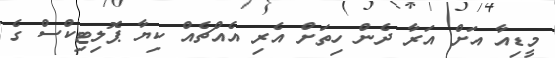
މީޑިއާ އަށް އަރާ ދެން ހިތަށް އެރި އެއްޗެއް ކިޔާ ޕޮލިޓިކްސް ގެ